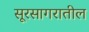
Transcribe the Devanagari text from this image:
सूरसागरातील